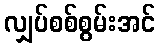
လျှပ်စစ်စွမ်းအင်